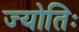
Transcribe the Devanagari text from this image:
ज्योतिः